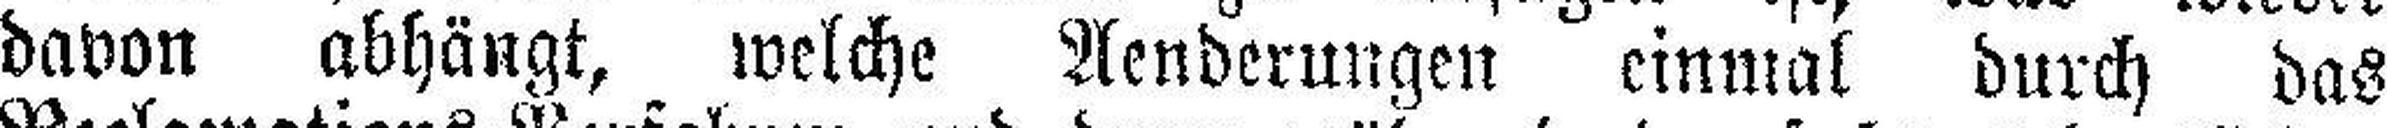
davon abhängt, welche Aenderungen einmal durch das